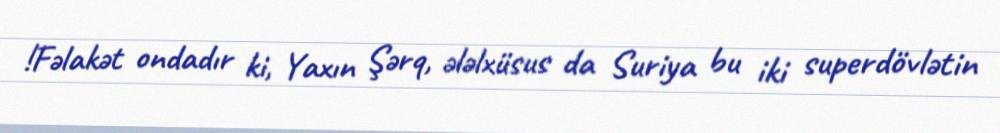
!Fəlakət ondadır ki, Yaxın Şərq, ələlxüsus da Suriya bu iki superdövlətin